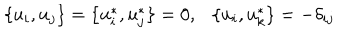
\{ u _ { i } , u _ { j } \} = \{ u _ { i } ^ { * } , u _ { j } ^ { * } \} = 0 , \{ u _ { i } , u _ { k } ^ { * } \} = - \delta _ { i j }